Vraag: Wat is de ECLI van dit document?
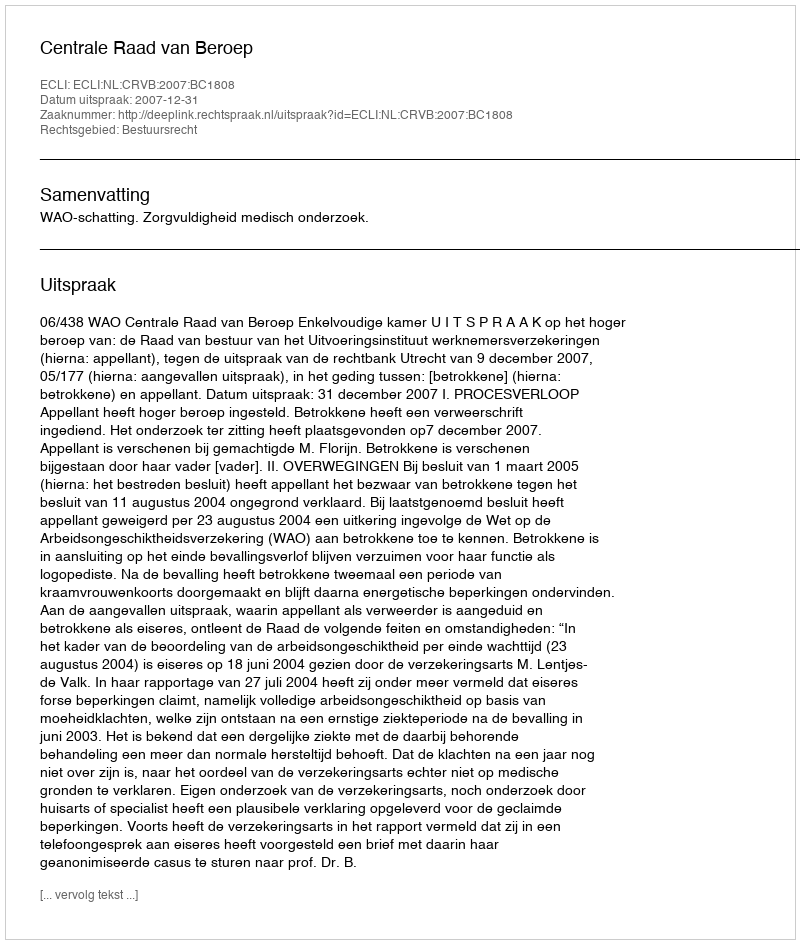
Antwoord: ECLI:NL:CRVB:2007:BC1808